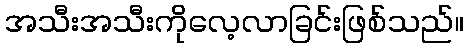
အသီးအသီးကိုလေ့လာခြင်းဖြစ်သည်။